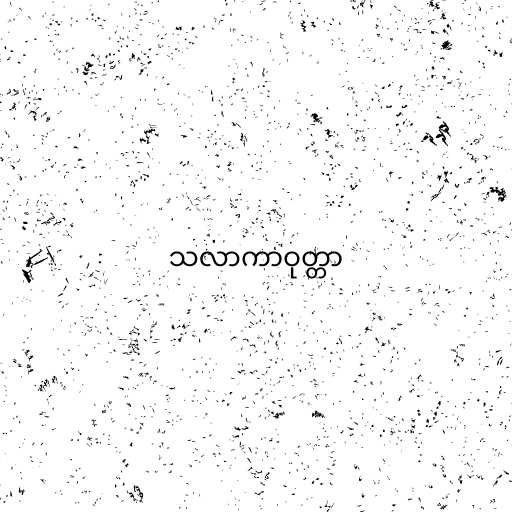
သလာကာဝုတ္တာ